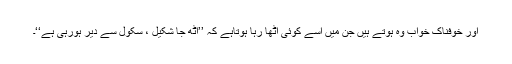
اور خوفناک خواب وہ ہوتے ہیں جن میں اسے کوئی اُٹھا رہا ہوتاہے کہ ’’اُٹھ جا شکیل ، سکول سے دیر ہورہی ہے‘‘۔